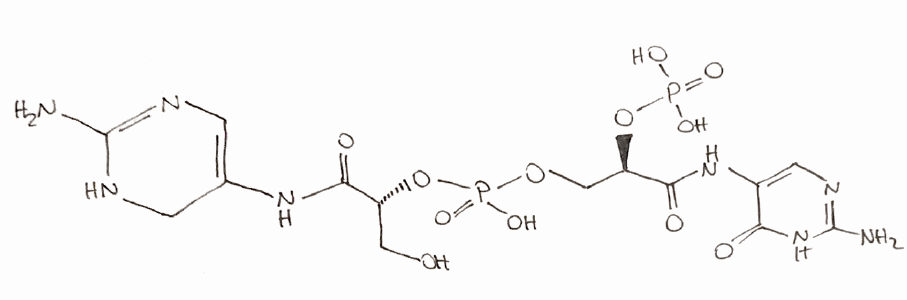
Simplified molecular-input line-entry system (SMILES) notation of the given molecule:
C1=C(C(=O)NC(=N1)N)NC(=O)[C@@H](CO)OP(=O)(O)OC[C@H](C(=O)NC2=CN=C(NC2=O)N)OP(=O)(O)O